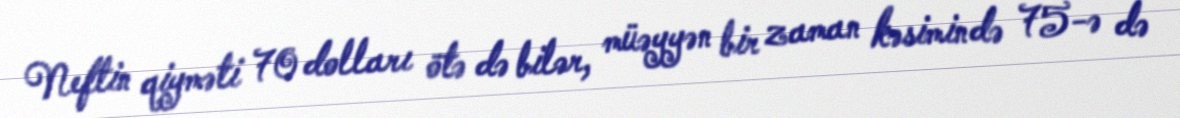
Neftin qiyməti 70 dolları ötə də bilər, müəyyən bir zaman kəsimində 75-ə də